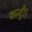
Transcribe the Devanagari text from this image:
कन्ट्री।